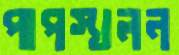
পাপস্খলন